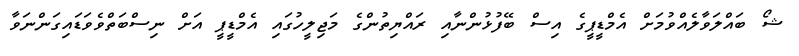
ޝޯ ބައްލަވާލެއްވުމަށް އެމްޑީޕީގެ އިސް ބޭފުޅުންނާއި ރައްޔިތުންގެ މަޖިލީހުގައި އެމްޑީޕީ އަށް ނިސްބަތްވެވަޑައިގަންނަވާ